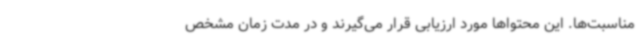
مناسبت‌ها. این محتواها مورد ارزیابی قرار می‌گیرند و در مدت زمان مشخص